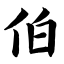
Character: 伯